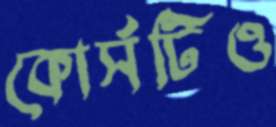
কোর্সটিও